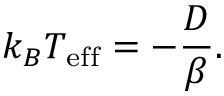
k _ { B } T _ { \mathrm { e f f } } = - \frac { D } { \beta } .